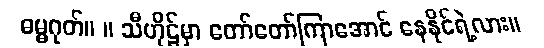
ဓမ္မဂုတ်။ ။ သီဟိုဠ်မှာ တော်တော်ကြာအောင် နေနိုင်ရဲ့လား။